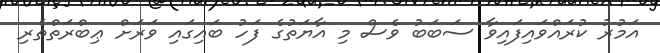
އަމުރު ކުރައްވައިފައިވާ ސަބަބު ވެސް މި އާޔަތުގެ ފަހު ބައިގައި ވަރަށް ޢިބްރަތްތެރި